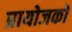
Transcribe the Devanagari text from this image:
प्रायोजको